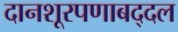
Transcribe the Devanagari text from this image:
दानशूरपणाबद्दल